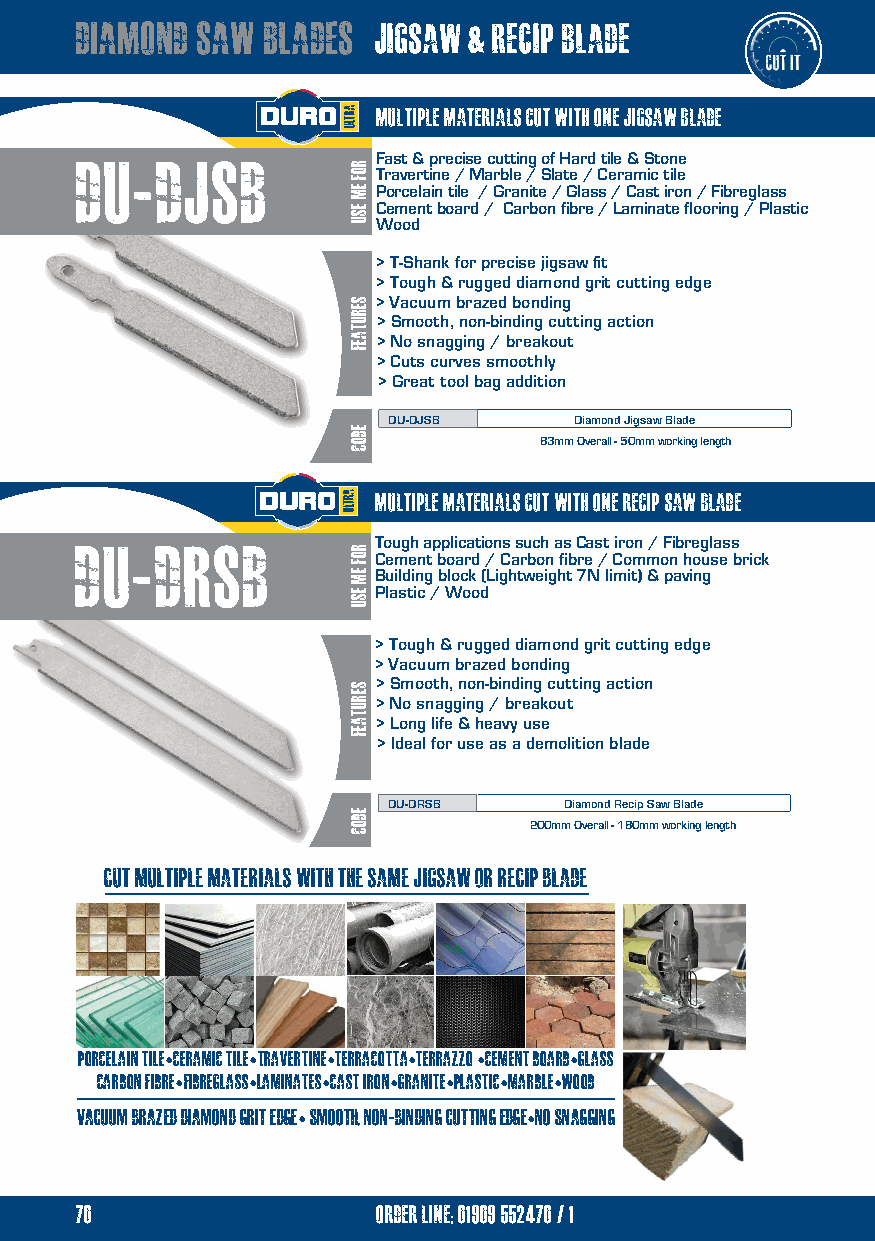
diamond saw blades  jigsaw & recip blade
 multiple materials cut with one jigsaw blade
 ddup-vdbJSB         Fast & precise cutting of Hard tile & Stone
 Travertine / Marble / Slate / Ceramic tile
 Porcelain tile / Granite / Glass / Cast iron / Fibreglass
 Cement board / Carbon fibre / Laminate flooring / Plastic
 Wood
 > T-Shank for precise jigsaw fit
 > Tough & rugged diamond grit cutting edge
 > Vacuum brazed bonding
 > Smooth, non-binding cutting action
 > No snagging / breakout
 > Cuts curves smoothly
 > Great tool bag addition
 DU-DJSB     Diamond Jigsaw Blade
 83mm Overall - 50mm working length
 multiple materials cut with one recip saw blade
 ddup-vdbRSB         Tough applications such as Cast iron / Fibreglass
 Cement board / Carbon fibre / Common house brick
 Building block (Lightweight 7N limit) & paving
 Plastic / Wood
 > Tough & rugged diamond grit cutting edge
 > Vacuum brazed bonding
 > Smooth, non-binding cutting action
 > No snagging / breakout
 > Long life & heavy use
 > Ideal for use as a demolition blade
 DU-DRSB    Diamond Recip Saw Blade
 200mm Overall - 180mm working length
 cut multiple materials with the same jigsaw or recip blade
 PORCELAIN TILE CERAMIC TILE TRAVERTINE terracotta terrazzo cement board glass
 •    •     •    •    •     •
 carbon fibre fibreglass laminates cast iron granite plastic marble wood
 •   •    •    •  •   •   •
 VACUUM brazed diamond grit edge smooth, non-binding cutting edge no snagging
 •              •
 70                  order line; 01909 552470/1
 ROF
 EM
 ESU
 serutaef
 eDOC
 ROF
 EM
 ESU
 serutaef
 eDOC